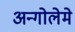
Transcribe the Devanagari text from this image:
अन्गोलेमे